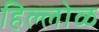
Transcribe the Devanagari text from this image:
हिल्लोळ